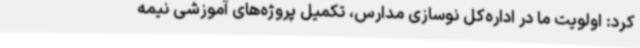
کرد: اولویت ما در اداره‌کل نوسازی مدارس، تکمیل پروژه‌های آموزشی نیمه